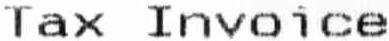
TAX INVOICE